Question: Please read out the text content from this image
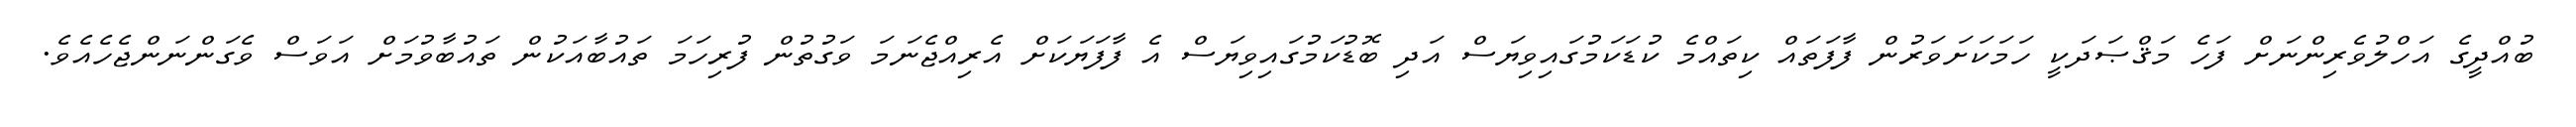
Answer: ބުއްދީގެ އަހްލުވެރިންނަށް ފަހެ މަޤްޞަދަކީ ހަމަކަށަވަރުން ފާފަތައް ކިތައްމެ ކުޑަކަމުގައިވިޔަސް އަދި ބޮޑުކަމުގައިވިޔަސް އެ ފާފަޔަކަށް އެރިއްޖެނަމަ ވަގުތުން ފުރިހަމަ ތައުބާއަކުން ތައުބާވުމަށް އަވަސް ވެގަންނަންޖެހެއެވެ.